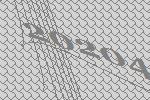
20204